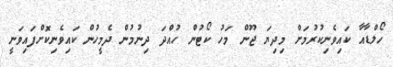
ހޯލްޑާއާ ކައިވެނިކުރުމަށް މިދިޔަ ޖޫން މަހު ކޯޓުން ހުއްދަ ދިނުމުން ދެމީހުން ކައިވެނިކޮށްފައިވަނީ